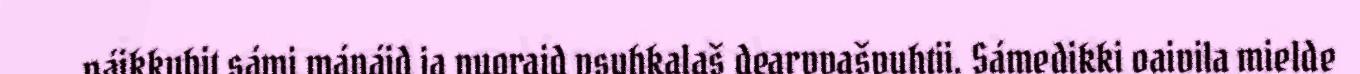
váikkuhit sámi mánáid ja nuoraid psyhkalaš dearvvašvuhtii. Sámedikki oaivila mielde